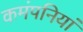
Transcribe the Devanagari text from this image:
कमंपनियां